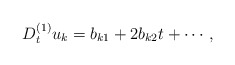
\begin{align*}D_t^{(1)} u_k= b_{k1}+2b_{k2}t+\cdots,\end{align*}